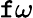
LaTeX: \mathtt{f}\omega